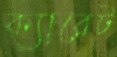
ক্যারেট